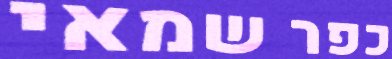
כפר שמאי